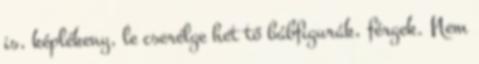
is, képlékeny, le cserélge het tő bábfigurák, férgek. Nem